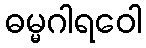
ဓမ္မဂါရဝေါ